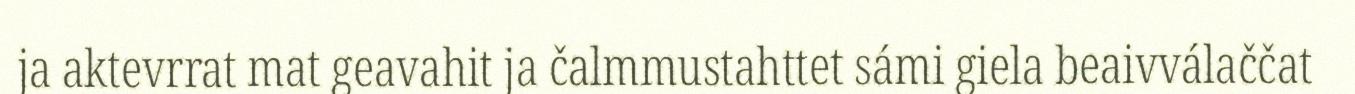
ja aktevrrat mat geavahit ja čalmmustahttet sámi giela beaivválaččat